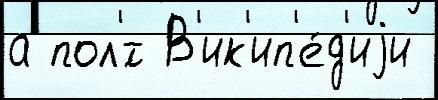
а пол'́т В'ик'ип'е́д'иjи